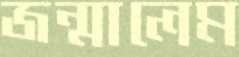
জন্মালেম